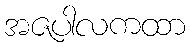
အဇပါလကထာ